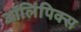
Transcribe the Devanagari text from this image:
ऑलिंपिक्स